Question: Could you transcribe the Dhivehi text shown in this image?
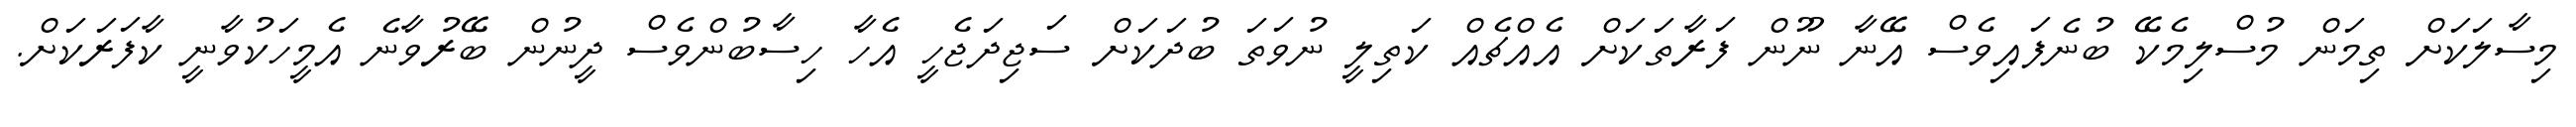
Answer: މިސާލަކަށް ތިމަން މުސްލިމެކޭ ބުނެފައިވެސް އޭނާ ނޫން ފަރާތަކަށް އެއްޗެއް ކަތިލީ ނުވަތަ ބުދަކަށް ސަޖިދަޖެހީ އެހާ ހިސާބުންވެސް ދީނުން ބޭރުވާނެ އެމީހަކުވާނީ ކާފަރަކަށް.